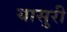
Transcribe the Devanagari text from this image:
यासुरी